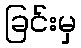
ခြင်းမှ